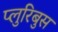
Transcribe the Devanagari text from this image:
प्लुरिबुस